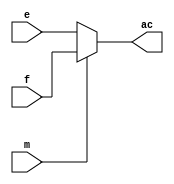
module block_name
(
// {{ALTERA_ARGS_BEGIN}} DO NOT REMOVE THIS LINE!
e, f, m, ac
// {{ALTERA_ARGS_END}} DO NOT REMOVE THIS LINE!
);
// Port Declaration

// {{ALTERA_IO_BEGIN}} DO NOT REMOVE THIS LINE!
input e;
input f;
input m;
output ac;
// {{ALTERA_IO_END}} DO NOT REMOVE THIS LINE!

always@(e or f or m)
begin
if(m==1)
	ac = f;
else
	ac = e;
end
endmodule